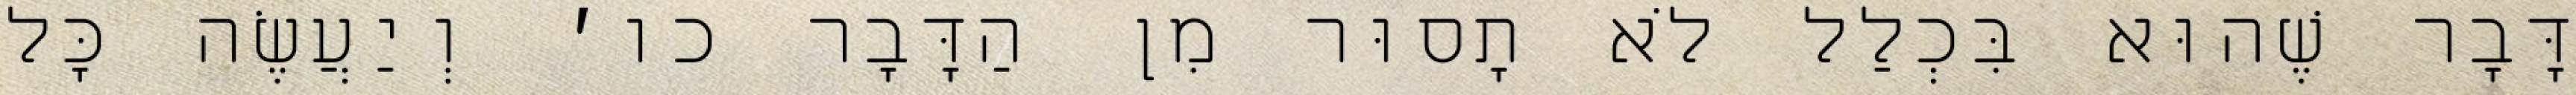
דָּבָר שֶׁהוּא בִּכְלַל לֹא תָסוּר מִן הַדָּבָר כו׳ וְיַעֲשֶׂה כׇּל